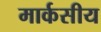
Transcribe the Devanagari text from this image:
मार्कसीय